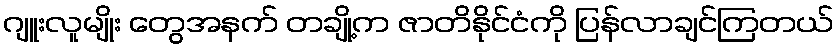
ဂျူးလူမျိုး တွေအနက် တချို့က ဇာတိနိုင်ငံကို ပြန်လာချင်ကြတယ်